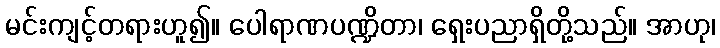
မင်းကျင့်တရားဟူ၍။ ပေါရာဏပဏ္ဍိတာ၊ ရှေးပညာရှိတို့သည်။ အာဟု၊